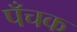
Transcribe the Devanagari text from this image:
पँचक